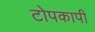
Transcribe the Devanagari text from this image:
टोपकापी